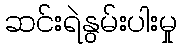
ဆင်းရဲနွမ်းပါးမှု